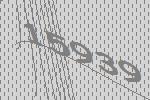
15939